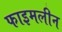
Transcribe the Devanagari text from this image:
फाइमलीन